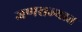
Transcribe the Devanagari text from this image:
जणराज्यात